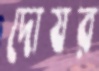
দোষর